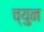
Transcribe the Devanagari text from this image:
च्युन